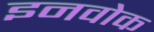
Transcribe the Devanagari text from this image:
इनवोक